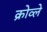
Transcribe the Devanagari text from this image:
क्रोव्ले